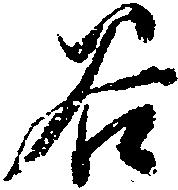
谷